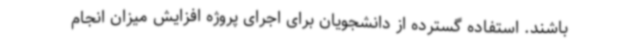
باشند. استفاده گسترده از دانشجویان برای اجرای پروژه افزایش میزان انجام